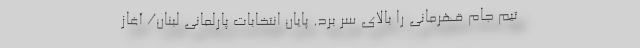
تیم جام قهرمانی را بالای سر برد. پایان انتخابات پارلمانی لبنان/ آغاز